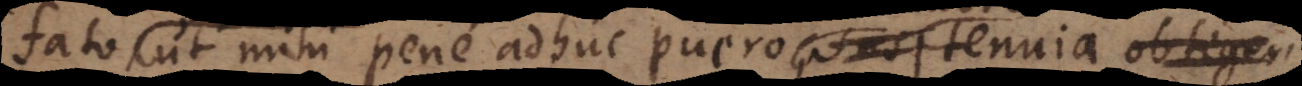
fato), ut mihi pene adhuc puero tenuia licet,